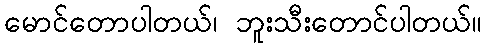
မောင်တောပါတယ်၊ ဘူးသီးတောင်ပါတယ်။